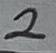
Text: 2